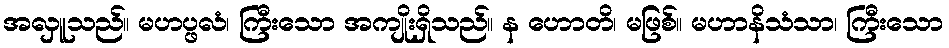
အလှူသည်။ မဟပ္ဖလံ၊ ကြီးသော အကျိုးရှိသည်။ န ဟောတိ၊ မဖြစ်။ မဟာနိသံသာ၊ ကြီးသော